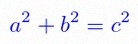
a^2+b^2=c^2